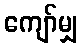
ကျော်မျှ